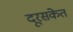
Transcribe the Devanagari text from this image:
दूरसंकेत